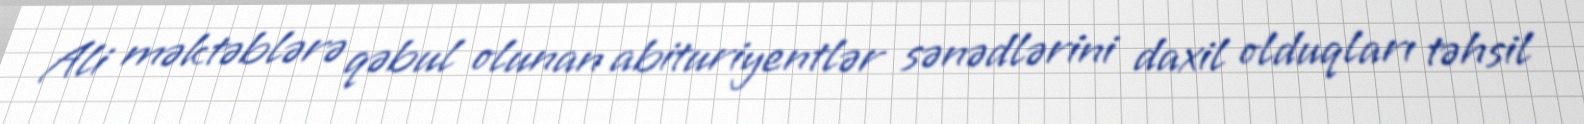
Ali məktəblərə qəbul olunan abituriyentlər sənədlərini daxil olduqları təhsil